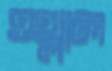
ওথ্‌লাল